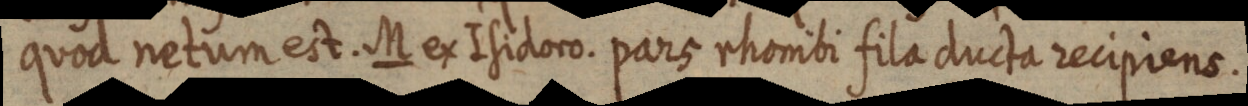
quod netum est. M ex Isidoro. pars rhonibi fila ducta recipiens.